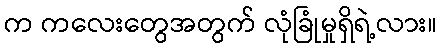
က ကလေးတွေအတွက် လုံခြုံမှုရှိရဲ့လား။